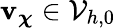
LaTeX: \boldsymbol{\mathbf{v}}_{\boldsymbol{\chi}}\in\mathcal{{V}}_{h,0}